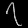
Digit: ၇